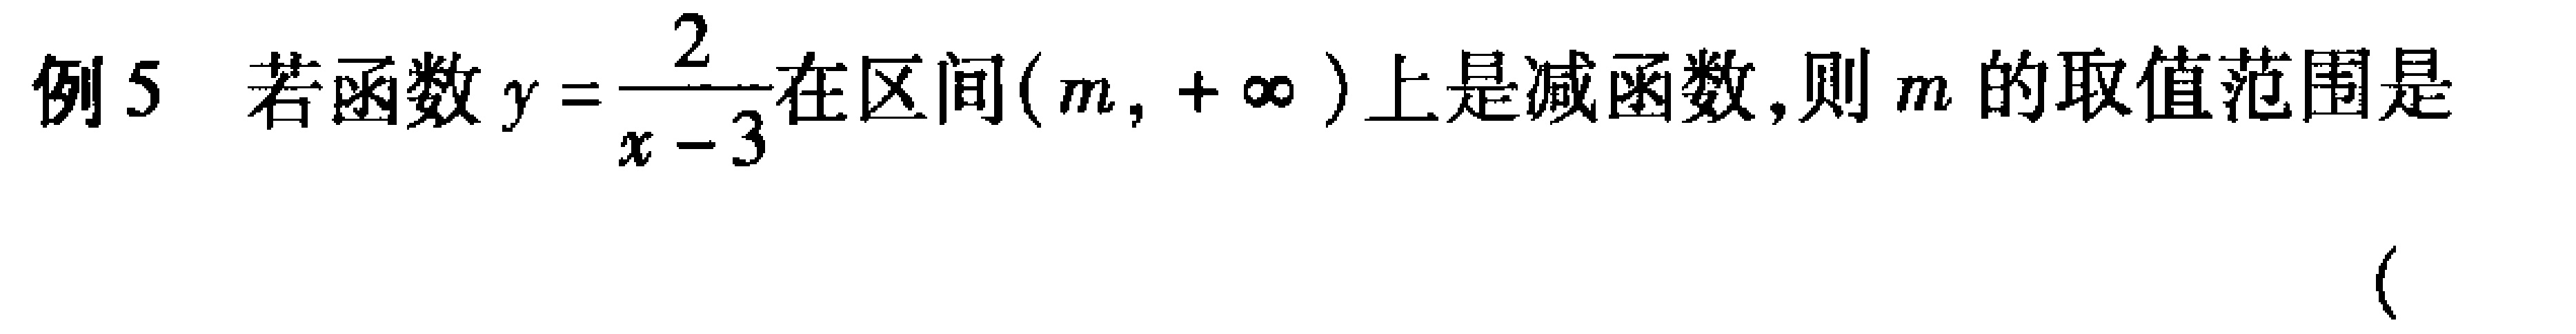
例5 若函数$y = \dfrac{2}{x - 3}$在区间$(m, +\infty)$上是减函数,则$m$的取值范围是  (